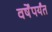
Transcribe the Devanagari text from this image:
वर्षेंपर्यंत